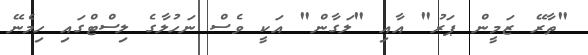
"ތާރޭ ޒަމީން ޕަރު" އާއި "ލަގާން" އަކީ ވެސް ނަހުލާގެ ލިސްޓްގައި ހިމެނޭ